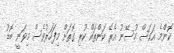
ކޮންމެ އަކަސް ހުސޭނު އެރޭ ކަންތައް ކުރި ގޮތަށް މިފަހަރުވެސް މިވަނީ ބޮޑު